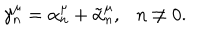
\gamma _ { n } ^ { \mu } = \alpha _ { n } ^ { \mu } + \tilde { \alpha } _ { n } ^ { \mu } , n \neq 0 .